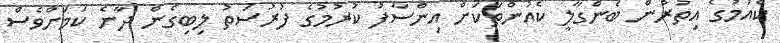
ކެއުމުގެ އިތުރުން ބެންގާލީ ކެއުންތަކަށް އިންސާފު ކުރުމުގެ ފުރުސަތު ލިބިގެން ދާނެ ކަމަށްވެސް